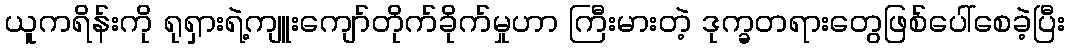
ယူကရိန်းကို ရုရှားရဲ့ကျူးကျော်တိုက်ခိုက်မှုဟာ ကြီးမားတဲ့ ဒုက္ခတရားတွေဖြစ်ပေါ်စေခဲ့ပြီး